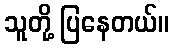
သူတို့ ပြနေတယ်။